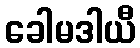
ခေါမဒါယီ